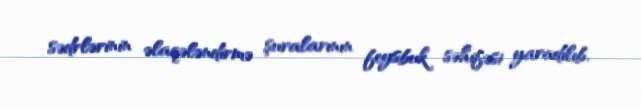
sədrlərinin əlaqələndirmə şuralarının feysbuk səhifəsi yaradılıb.